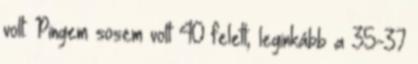
volt. Pingem sosem volt 40 felett, leginkább a 35-37